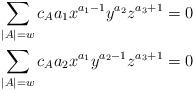
LaTeX: \begin{align*} & \sum_{|A|=w} c_A a_{1} x^{a_1 -1} y^{a_2} z^{a_3+1} = 0 \\ &\sum_{|A|=w} c_A a_{2} x^{a_1 } y^{a_2 -1} z^{a_3+1} = 0 \end{align*}